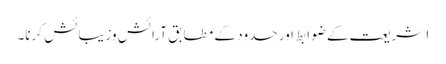
۱ شریعت کے ضوابط اور حدود کے مطابق آرائش وزیبائش کرنا۔